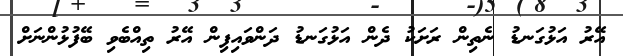
އޭރު އަޅުގަނޑު ނެތިން ރަށަކު ދެން އަޅުގަނޑު ދަންވައިފިން އޭރު ތިއްބެވި ބޭފުޅުންނަށް